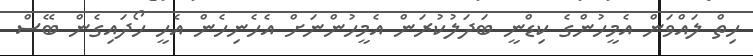
ހިތް ލައްވަން އެމީހުންގެ ކިޑްނީ ބަދަލުކުރަން އެމީހުންނަށް އެހެނިހެން އެހީ ހޯދައިގެން ބޭސް